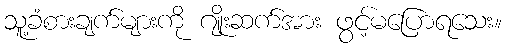
သူ့ခံစားချက်များကို ဂျိုးဆက်အား ဖွင့်မပြောရသေး။